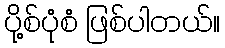
ပို့စ်ပုံစံ ဖြစ်ပါတယ်။